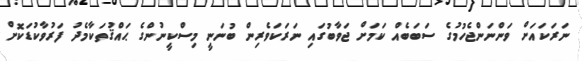
ނަރަކައަށް ވަންނަންޖެހުމުގެ ސަބަބެއް ކަމަށް ޖަވާބުގައި ނަރަކަވެރިން ބުނަނީ މިސްކީނުންގެ ޙައްޤުތަކާމެދު ފަރުވާކުޑަކޮށް